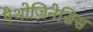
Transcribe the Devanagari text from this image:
पैथोजिनेसिस